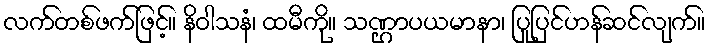
လက်တစ်ဖက်ဖြင့်။ နိဝါသနံ၊ ထမီကို။ သဏ္ဌာပယမာနာ၊ ပြုပြင်ဟန်ဆင်လျက်။